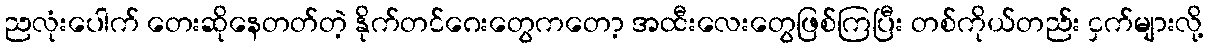
ညလုံးပေါက် တေးဆိုနေတတ်တဲ့ နိုက်တင်ဂေးတွေကတော့ အထီးလေးတွေဖြစ်ကြပြီး တစ်ကိုယ်တည်း ငှက်များလို့